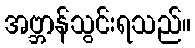
အဗ္ဘာန်သွင်းရသည်။